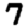
Digit: 7